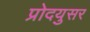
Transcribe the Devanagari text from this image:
प्रोदयुसर